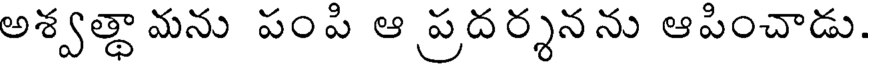
అశ్వత్థా మను పంపి ఆ ప్రదర్శనను ఆపించాడు.